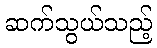
ဆက်သွယ်သည့်